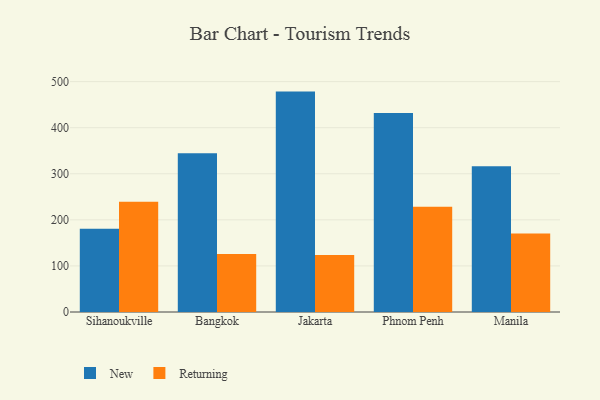
{"axis": {"x": "City", "y": "Customer Acquisition Cost (USD)"}, "legend": ["New", "Returning"], "data": [{"x": "Sihanoukville", "y": 180.4, "type": "New"}, {"x": "Sihanoukville", "y": 239.5, "type": "Returning"}, {"x": "Bangkok", "y": 344.3, "type": "New"}, {"x": "Bangkok", "y": 125.6, "type": "Returning"}, {"x": "Jakarta", "y": 478.3, "type": "New"}, {"x": "Jakarta", "y": 123.9, "type": "Returning"}, {"x": "Phnom Penh", "y": 432.0, "type": "New"}, {"x": "Phnom Penh", "y": 228.6, "type": "Returning"}, {"x": "Manila", "y": 316.1, "type": "New"}, {"x": "Manila", "y": 170.1, "type": "Returning"}]}